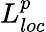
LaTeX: L_{loc}^{p}